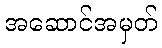
အဆောင်အမှတ်